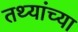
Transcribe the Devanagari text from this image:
तथ्‍यांच्‍या